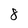
Character: 8